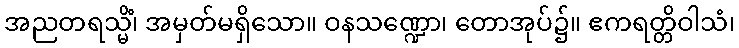
အညတရသ္မိံ၊ အမှတ်မရှိသော။ ဝနသဏ္ဍော၊ တောအုပ်၌။ ဧကရတ္တိဝါသံ၊